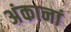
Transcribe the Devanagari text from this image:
अंकानां